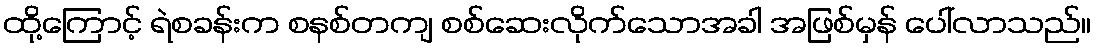
ထို့ကြောင့် ရဲစခန်းက စနစ်တကျ စစ်ဆေးလိုက်သောအခါ အဖြစ်မှန် ပေါ်လာသည်။